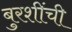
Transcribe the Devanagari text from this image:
बुरशींची